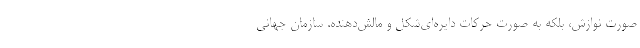
صورت نوازش، بلکه به صورت حرکات دایره‌ای‌شکل و مالش‌دهنده. سازمان جهانی